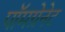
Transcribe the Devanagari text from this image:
पॉमग्रेनेट